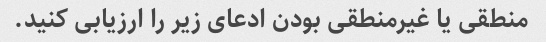
منطقی یا غیرمنطقی بودن ادعای زیر را ارزیابی کنید.